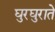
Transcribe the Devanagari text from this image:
घुरघुराते